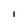
Character: 1